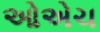
ઓએચ